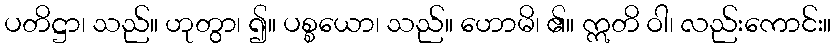
ပတိဋ္ဌာ၊ သည်။ ဟုတွာ၊ ၍။ ပစ္စယော၊ သည်။ ဟောမိ၊ ၏။ ဣတိ ဝါ၊ လည်းကောင်း။